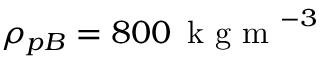
\rho _ { p B } = 8 0 0 \, \mathrm { ~ k ~ g ~ m ~ } ^ { - 3 }